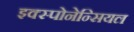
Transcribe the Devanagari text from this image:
इक्स्पोनेन्सियल